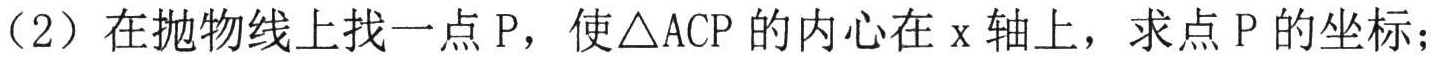
（2）在抛物线上找一点P，使\(\triangle ACP\)的内心在\(x\)轴上，求点P的坐标；